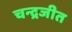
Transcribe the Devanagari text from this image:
चन्द्रजीत